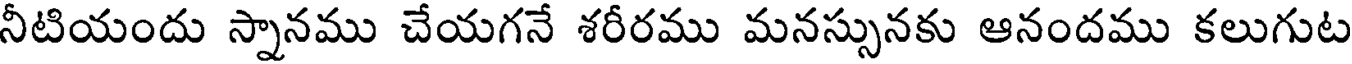
నీటియందు స్నానము చేయగనే శరీరము మనస్సునకు ఆనందము కలుగుట